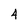
Character: 4